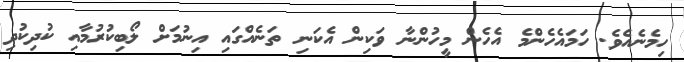
ހިމެނެއެވެ. ހަމައެހެންމެ އެހެން މީހުންނާ ވަކިން އެކަނި ތަނެއްގައި އިނުމަށް ލޯބިކުރުމާއި ކުދިކުދި